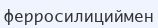
ферросилициймен